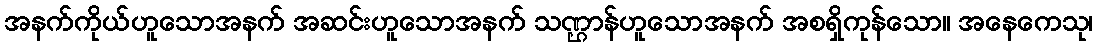
အနက်ကိုယ်ဟူသောအနက် အဆင်းဟူသောအနက် သဏ္ဌာန်ဟူသောအနက် အစရှိကုန်သော။ အနေကေသု၊